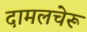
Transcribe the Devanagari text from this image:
दामलचेरू